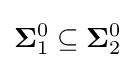
\mathbf {\Sigma } _{1}^{0}\subseteq \mathbf {\Sigma } _{2}^{0}